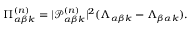
\Pi _ { \alpha \beta k } ^ { ( n ) } = | \mathcal { P } _ { \alpha \beta k } ^ { ( n ) } | ^ { 2 } ( \Lambda _ { \alpha \beta k } - \Lambda _ { \beta \alpha k } ) .